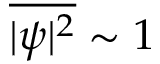
\overline { { | \psi | ^ { 2 } } } \sim 1